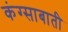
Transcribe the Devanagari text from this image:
कंग्साबाती